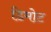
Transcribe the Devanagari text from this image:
डिमोट